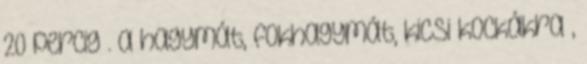
20 percig . a hagymát, fokhagymát, kicsi kockákra ,